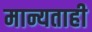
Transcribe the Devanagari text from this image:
मान्यताही